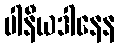
ပါနီယဒါနေန